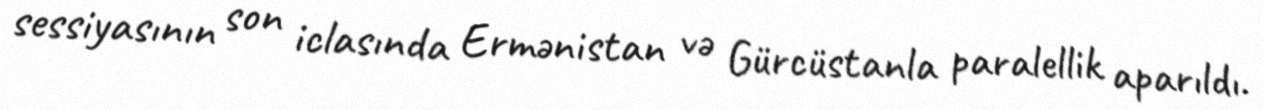
sessiyasının son iclasında Ermənistan və Gürcüstanla paralellik aparıldı.